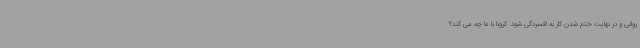
روانی و در نهایت ختم شدن کار به افسردگی ‌شود. کرونا با ما چه می کند؟